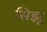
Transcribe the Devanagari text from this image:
सिझू